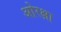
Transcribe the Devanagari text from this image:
ओरक्षा